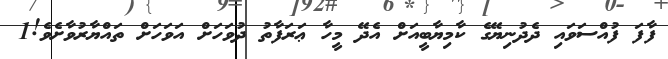
ފާފަ ފުއްސަވައި ދެދުނިޔޭގެ ކާމިޔާބީއަށް އެދޭ މީހާ ޢަރަފާތު ދުވަހަށް އަވަހަށް ތައްޔާރުވާށެވެ!1